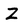
Character: Z